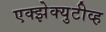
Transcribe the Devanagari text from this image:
एक्झेक्युटीव्ह